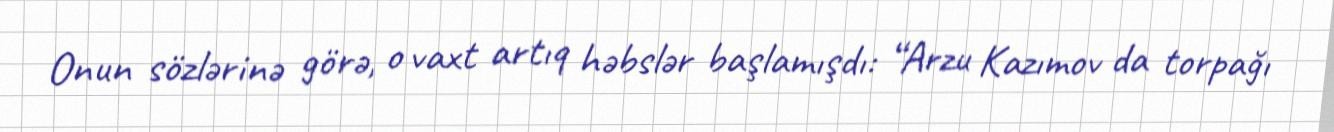
Onun sözlərinə görə, o vaxt artıq həbslər başlamışdı: “Arzu Kazımov da torpağı